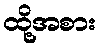
ထို့အစား